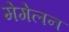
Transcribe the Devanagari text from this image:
मेगेलन